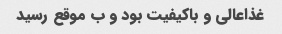
غذاعالی و باکیفیت بود و ب موقع رسید